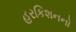
હરકિશનનો